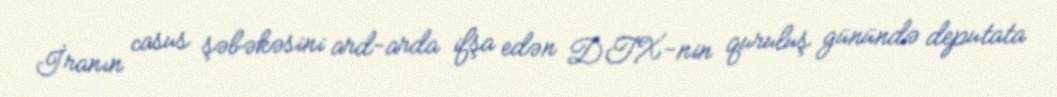
İranın casus şəbəkəsini ard-arda ifşa edən DTX-nin quruluş günündə deputata